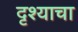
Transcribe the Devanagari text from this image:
दृश्याचा